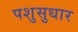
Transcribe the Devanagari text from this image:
पशुसुधार